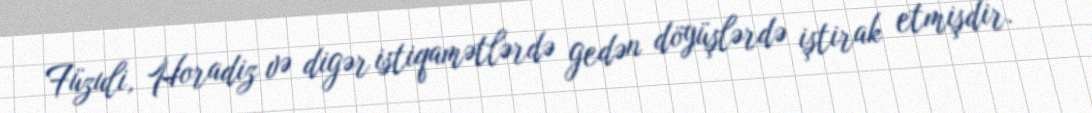
Füzuli, Horadiz və digər istiqamətlərdə gedən döyüşlərdə iştirak etmişdir.